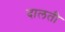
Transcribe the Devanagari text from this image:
दालती